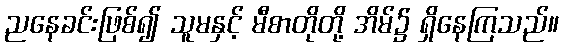
ညနေခင်းဖြစ်၍ သူမနှင့် မီစာတိုတို့ အိမ်၌ ရှိနေကြသည်။